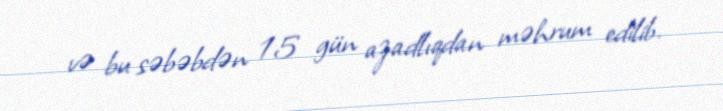
və bu səbəbdən 15 gün azadlıqdan məhrum edilib.